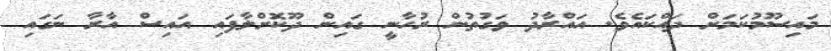
މައިސޫމުކަމަށް ދައްކައެވެ. އައްރާދު ވަގުތުން ރުހާނީ ގައިން ދޫކޮށްލާފައި އައިސް އާރާ ނަގައި